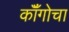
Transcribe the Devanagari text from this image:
कॉँगोचा